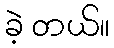
ခဲ့ တယ်။